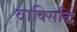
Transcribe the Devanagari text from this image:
वाक्सिद्धि